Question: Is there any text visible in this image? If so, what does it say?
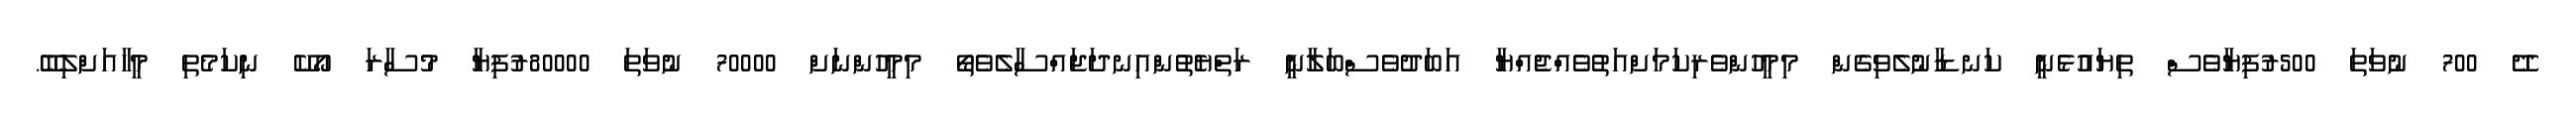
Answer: ދޭ 700 ނުވަތަ 500ރުފިޔާވެސް ތިޔައުޅެނީ ކަނޑާނުލެވިގެން މިމީހުންވެރިކަމަށްއަތުވެއްޖެއްޔާ އަބަދުވެސްބަލާނީ ރަތްޔެތުންއިނދަޖައްސާލެވެތޯ މިމީހުންނަށް 70000 ނުވަތަ 80000ރުފިޔާ މުސާރަ އޯކޭ ނިކަމެތި މީހާއަށްލިބޭ.